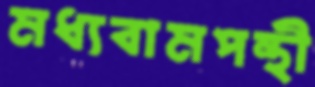
মধ্যবামপন্থী